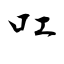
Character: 叿